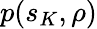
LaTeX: p(s_{K},\rho)